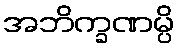
အဘိက္ခဏမ္ပိ